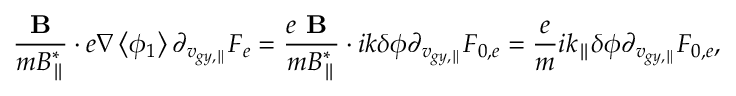
\frac { { \textbf { B } } } { m B _ { \parallel } ^ { * } } \boldsymbol { \cdot } e \nabla \left< \phi _ { 1 } \right> \partial _ { v _ { g y , \parallel } } F _ { e } = \frac { e { \textbf { B } } } { m B _ { \parallel } ^ { * } } \boldsymbol { \cdot } i { k } \delta \phi \partial _ { v _ { g y , \parallel } } F _ { 0 , e } = \frac { e } { m } i { k _ { \parallel } } \delta \phi \partial _ { v _ { g y , \parallel } } F _ { 0 , e } ,